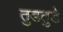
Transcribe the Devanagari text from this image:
तुडतुडे